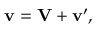
\mathbf { v } = \mathbf { V } + \mathbf { v } ^ { \prime } ,